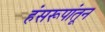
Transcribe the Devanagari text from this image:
हंसरूपांतून